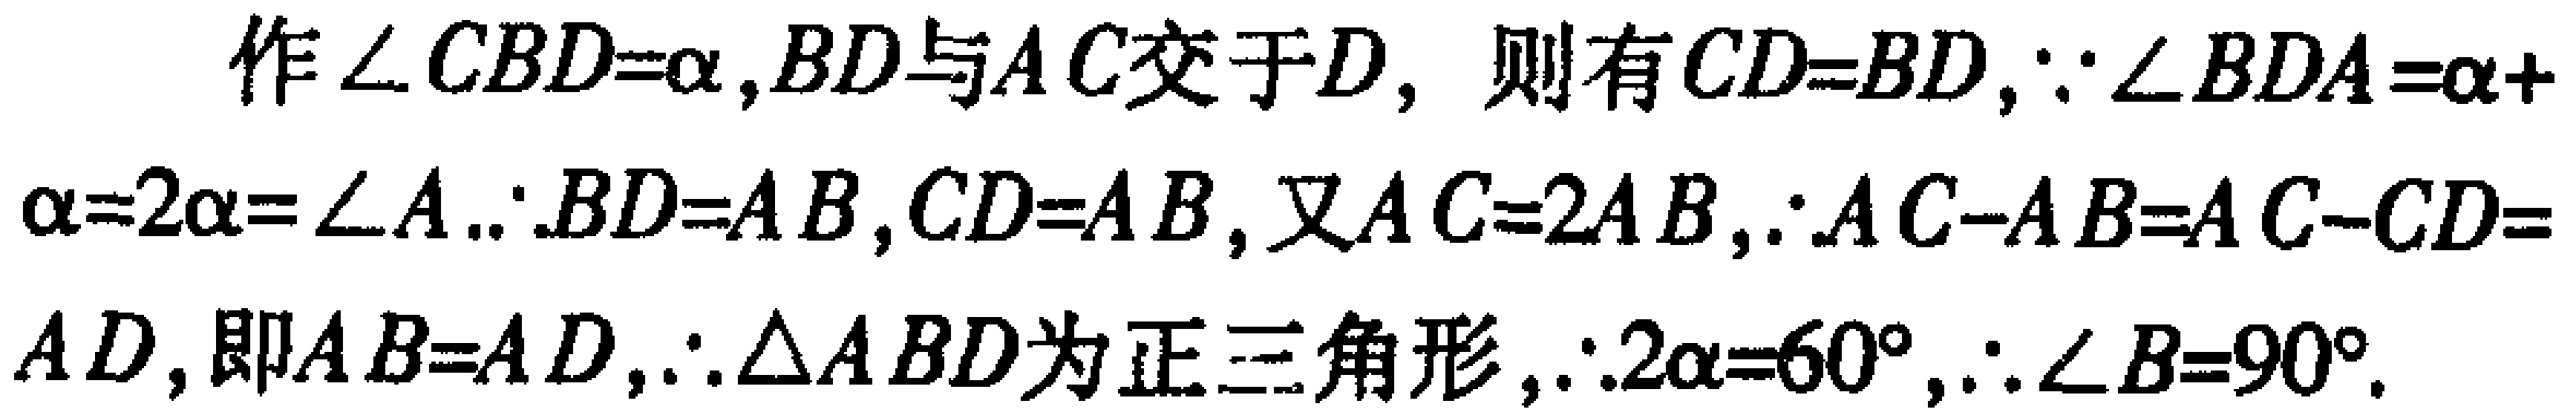
作$\angle CBD = \alpha$, $BD$与$AC$交于$D$, 则有$CD = BD$, $\because \angle BDA=\alpha + \alpha = 2\alpha=\angle A$.$\therefore BD = AB$, $CD = AB$, 又$AC = 2AB$, $\therefore AC - AB = AC - CD = AD$, 即$AB = AD$, $\therefore \triangle ABD$为正三角形, $\therefore 2\alpha = 60^{\circ}$, $\therefore \angle B = 90^{\circ}$.